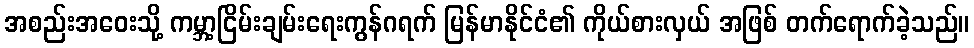
အစည်းအဝေးသို့ ကမ္ဘာ့ငြိမ်းချမ်းရေးကွန်ဂရက် မြန်မာနိုင်ငံ၏ ကိုယ်စားလှယ် အဖြစ် တက်ရောက်ခဲ့သည်။